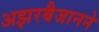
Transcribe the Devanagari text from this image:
अझरबैजानने